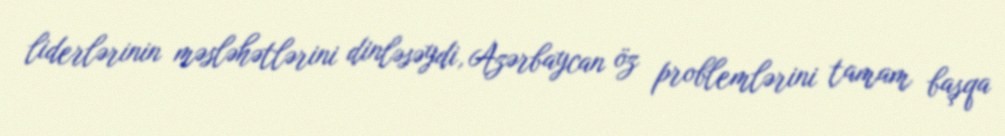
liderlərinin məsləhətlərini dinləsəydi, Azərbaycan öz problemlərini tamam başqa